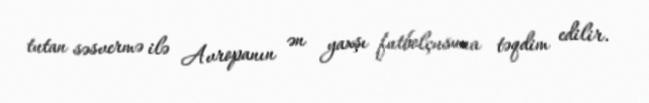
tutan səsvermə ilə Avropanın ən yaxşı futbolçusuna təqdim edilir.